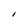
Character: l